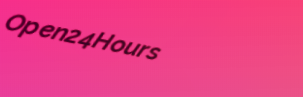
Open24Hours